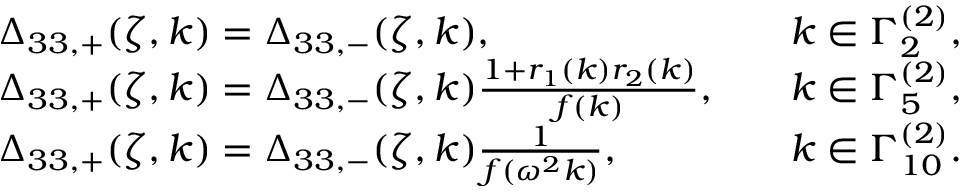
\begin{array} { r l r l } & { \Delta _ { 3 3 , + } ( \zeta , k ) = \Delta _ { 3 3 , - } ( \zeta , k ) , } & & { k \in \Gamma _ { 2 } ^ { ( 2 ) } , } \\ & { \Delta _ { 3 3 , + } ( \zeta , k ) = \Delta _ { 3 3 , - } ( \zeta , k ) \frac { 1 + r _ { 1 } ( k ) r _ { 2 } ( k ) } { f ( k ) } , } & & { k \in \Gamma _ { 5 } ^ { ( 2 ) } , } \\ & { \Delta _ { 3 3 , + } ( \zeta , k ) = \Delta _ { 3 3 , - } ( \zeta , k ) \frac { 1 } { f ( \omega ^ { 2 } k ) } , } & & { k \in \Gamma _ { 1 0 } ^ { ( 2 ) } . } \end{array}